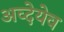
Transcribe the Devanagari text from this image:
अव्देयेव